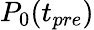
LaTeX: P_{0}(t_{pre})